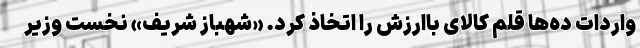
واردات ده‌ها قلم کالای باارزش را اتخاذ کرد. «شهباز شریف» نخست وزیر